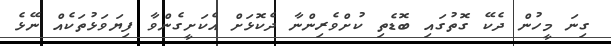
ގިނަ މީހުން ދެކޭ ގޮތުގައި ބޮޑެތި ކުށްވެރިންނާ ދެކޮޅަށް އެކަށީގެންވާ ފިޔަވަޅުތަކެއް ނޭޅެ